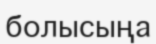
болысыңа